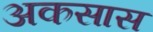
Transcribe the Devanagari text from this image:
अकसास